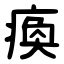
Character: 瘓